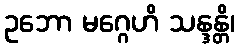
ဥဘော မဂ္ဂေဟိ သန္ဒန္တိ၊